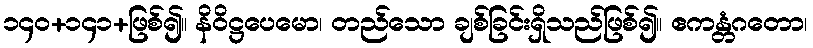
၁၄၀+၁၄၁+ဖြစ်၍။ နိဝိဋ္ဌပေမော၊ တည်သော ချစ်ခြင်းရှိသည်ဖြစ်၍။ ဧကန္တံဂတော၊